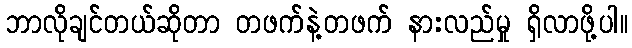
ဘာလိုချင်တယ်ဆိုတာ တဖက်နဲ့တဖက် နားလည်မှု ရှိလာဖို့ပါ။